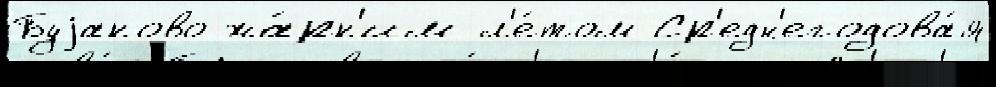
Буjаково жа́рк'им л'е́том Ср'едн'егодова́я